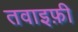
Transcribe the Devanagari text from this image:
तवाइफ़ी